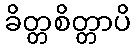
ခိတ္တစိတ္တာပိ